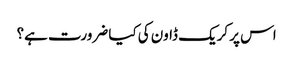
اس پر کریک ڈاون کی کیا ضرورت ہے؟